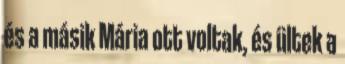
és a másik Mária ott voltak, és ültek a